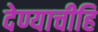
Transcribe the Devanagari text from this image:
देण्याचीहि